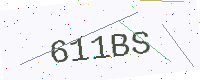
Text: 611BS